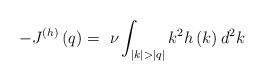
\begin{align*}-J^{(h)}\left( q \right)=~\nu\int_{|k|>|q|}{k^{2}h\left( k \right)d^{2}k}\end{align*}